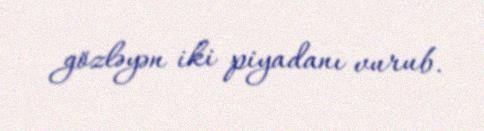
gözləyən iki piyadanı vurub.